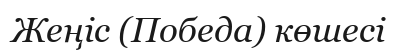
Жеңіс (Победа) көшесі